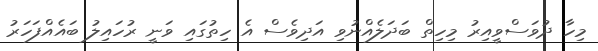
މިހާ ދުވަސްވީއިރު މިހިތް ބަދަލެއްނުވި އަދިވެސް އެ ހިތުގައި ވަނީ ރުހައިލު ބައެއްފަހަރު